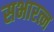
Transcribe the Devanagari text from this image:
सभारत्न